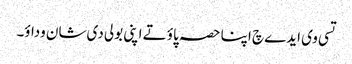
تسی وی ایدے چ اپنا حصہ پاؤ تے اپنی بولی دی شان وداؤ۔